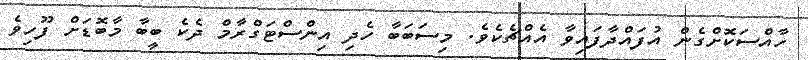
ހާއްސަކޮށްގެން އުފައްދާފައިވާ އެއްޗެކެވެ. މިސަބަބާ ހެދި އިންސްޓަގްރާމް ދެކެ ބީބާ މާބޮޑަށް ފޫހިވެ